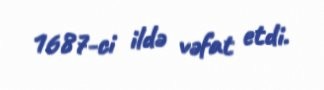
1687-ci ildə vəfat etdi.